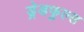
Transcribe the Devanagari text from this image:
ड्रेडफुल्स